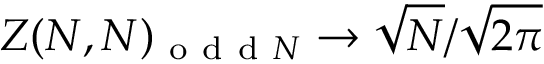
Z ( N , N ) _ { \mathrm { ~ o ~ d ~ d ~ } N } \to \sqrt { N } / \sqrt { 2 \pi }